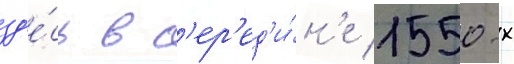
зд'е́сь в с'ер'ед'и́н'е 1550-х